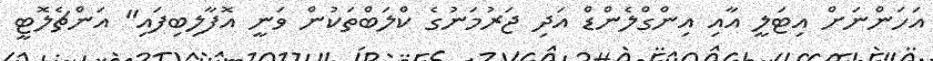
އަހަންނަށް އިޓަލީ އާއި އިންގްލެންޑް އަދި ޖަރުމަނުގެ ކްލަބްތަކުން ވަނީ އޮފާލިބިފައި" އަންޗެލޮޓީ